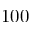
1 0 0